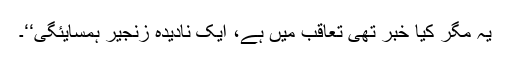
یہ مگر کیا خبر تھی تعاقب میں ہے، ایک نادیدہ زنجیرِ ہمسایئگی‘‘۔